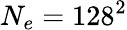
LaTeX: N_{e}=128^{2}